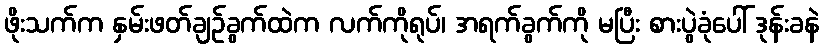
ဖိုးသက်က နှမ်းဖတ်ချဉ်ခွက်ထဲက လက်ကိုရုပ်၊ အရက်ခွက်ကို မပြီး စားပွဲခုံပေါ် ဒုန်းခနဲ